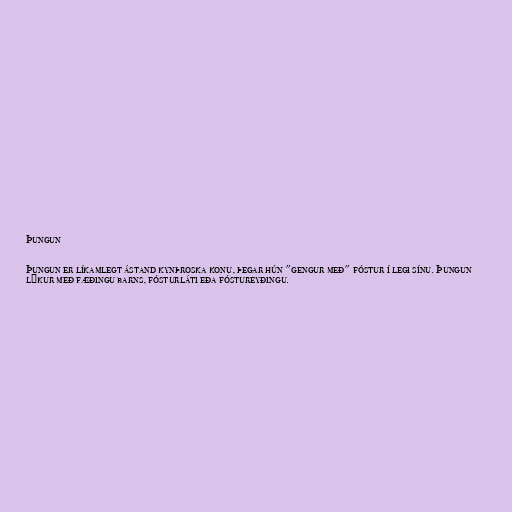
Þungun

Þungun er líkamlegt ástand kynþroska konu, þegar hún "gengur með" fóstur í legi sínu. Þungun
lýkur með fæðingu barns, fósturláti eða fóstureyðingu.